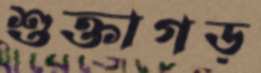
শুক্তাগড়